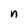
Character: n